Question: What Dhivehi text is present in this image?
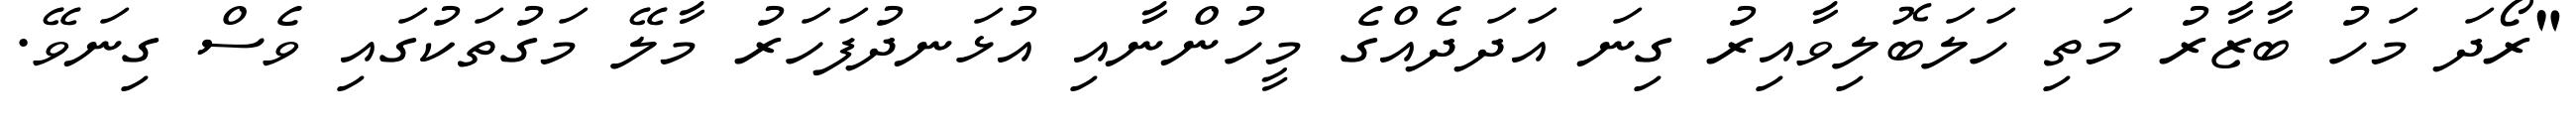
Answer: "ރޯދަ މަހު ބާޒާރު މަތި ހަލަބޮލިވާއިރު ގިނަ އަދަދެއްގެ މީހުންނާއި އުޅަނދުފަހަރު މާލޭ މަގުތަކުގައި ވެސް ގިނަވޭ.